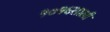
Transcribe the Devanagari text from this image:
१०१६साली